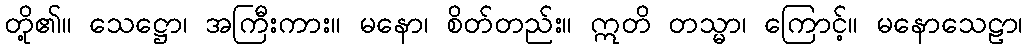
တို့၏။ သေဋ္ဌော၊ အကြီးကား။ မနော၊ စိတ်တည်း။ ဣတိ တသ္မာ၊ ကြောင့်။ မနောသေဠာ၊